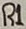
Text: R1